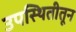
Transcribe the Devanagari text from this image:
उपस्थितीतून